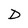
Character: D